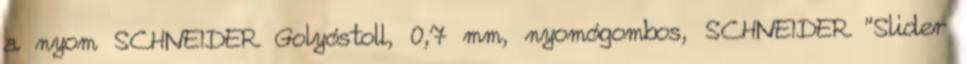
a nyom SCHNEIDER Golyóstoll, 0,7 mm, nyomógombos, SCHNEIDER "Slider